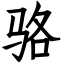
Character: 骆